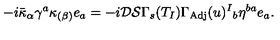
- i \bar { \kappa } _ { \alpha } \gamma ^ { a } \kappa _ { ( \beta ) } e _ { a } = - i \mathcal { D } \mathcal { S } \Gamma _ { s } ( T _ { I } ) \Gamma _ { \mathrm { A d j } } ( u ) ^ { I } { } _ { b } \eta ^ { b a } e _ { a } .